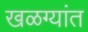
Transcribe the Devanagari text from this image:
खळग्यांत